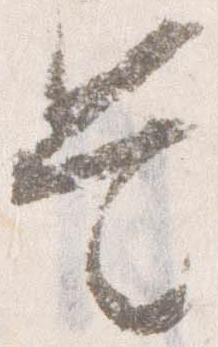
是